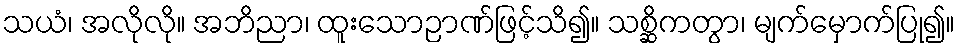
သယံ၊ အလိုလို။ အဘိညာ၊ ထူးသောဉာဏ်ဖြင့်သိ၍။ သစ္ဆိကတွာ၊ မျက်မှောက်ပြု၍။